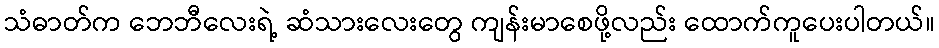
သံဓာတ်က ဘေဘီလေးရဲ့ ဆံသားလေးတွေ ကျန်းမာစေဖို့လည်း ထောက်ကူပေးပါတယ်။